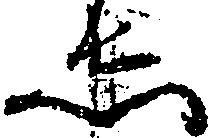
し